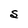
Character: S